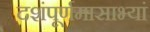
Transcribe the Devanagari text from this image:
दशंपूर्णमासाभ्यां